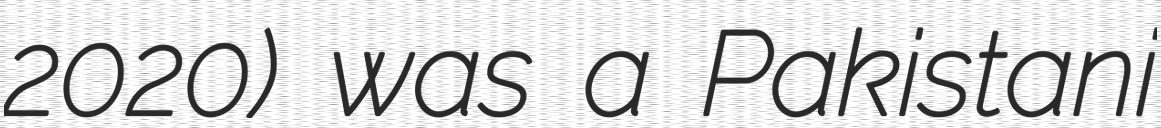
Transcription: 2020) was a Pakistani